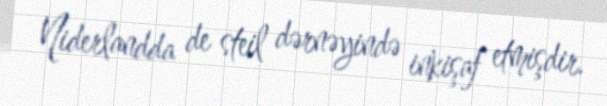
Niderlandda de steil dərnəyində inkişaf etmişdir.